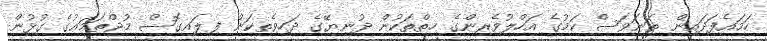
ހަމައެފަދައިން ތަނަވަސް ކަމުގެ އަހްލުވެރިންގެ ހިތްތަކުން ދުނިޔޭގެ ދަހިވެތިކަން ފިލައިގޮސް މުޖްތަމަޢުގެ ގުޅުން